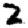
Digit: 2